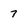
Character: 7